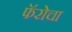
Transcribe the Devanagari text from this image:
फॅरोचा